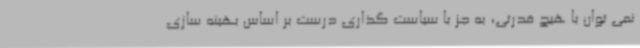
نمی توان با هیچ قدرتی، به جز با سیاست گذاری درست بر اساس بهینه سازی